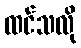
ထင်သလို